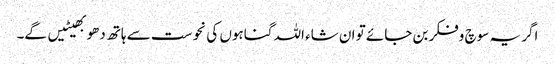
اگر یہ سوچ وفکر بن جائے تو ان شاء اللہ گناہوں کی نحوست سے ہاتھ دھو بھیٹیں گے۔